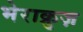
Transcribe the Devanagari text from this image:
भेराक्रुज़